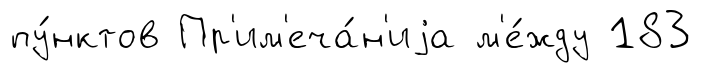
пу́нктов Пр'им'еча́н'иjа м'е́жду 183